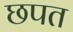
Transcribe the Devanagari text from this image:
छपत